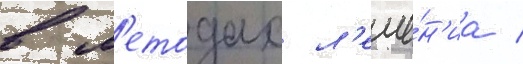
в м'етодах л'ече́н'иа /